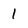
Character: 1